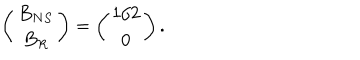
\left( \begin{array} { c } { { B _ { N S } } } \\ { { B _ { R } } } \\ \end{array} \right) = \left( \begin{array} { c } { { 1 / 2 } } \\ { { 0 } } \\ \end{array} \right) .